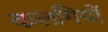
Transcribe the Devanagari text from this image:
कलगियों